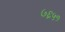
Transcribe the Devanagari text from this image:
७६५१